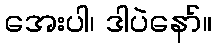
အေးပါ၊ ဒါပဲနော်။